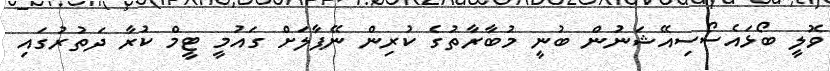
ވޮލީ ބޯޅައެސޯސިއޭޝަނުން ބުނީ މުބާރާތުގެ ކުރިން ނޭޕާލަށް ގައުމީ ޓީމް ކުރާ ދަތުރުގައި